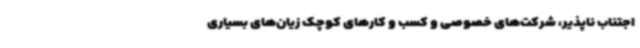
اجتناب ناپذیر، شرکت‌های خصوصی و کسب و کارهای کوچک زیان‌های بسیاری